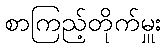
စာကြည့်တိုက်မှူး